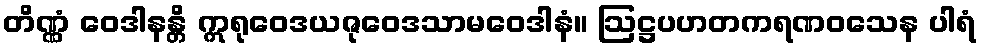
တိဏ္ဏံ ဝေဒါနန္တိ ဣရုဝေဒယဇုဝေဒသာမဝေဒါနံ။ ဩဋ္ဌပဟတကရဏဝသေန ပါရံ